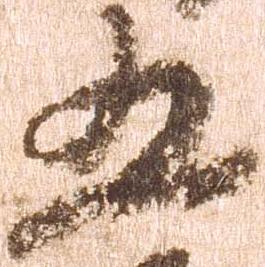
五